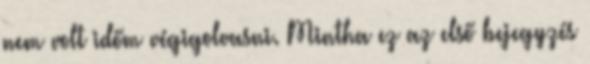
nem volt időm végigolvasni. Mintha ez az első bejegyzés